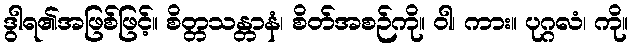
ဒွါရ၏အဖြစ်ဖြင့်။ စိတ္တသန္တာနံ၊ စိတ်အစဉ်ကို။ ဝါ၊ ကား။ ပုဂ္ဂလံ၊ ကို။